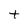
Character: t